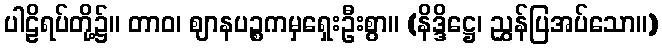
ပါဠိရပ်တို့၌။ တာဝ၊ ဈာနပဉ္စကမှရှေးဦးစွာ။ (နိဒ္ဒိဋ္ဌေ၊ ညွှန်ပြအပ်သော။)